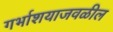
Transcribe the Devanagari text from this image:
गर्भाशयाजवळील